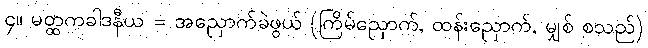
၄။ မတ္ထကခါဒနီယ = အညှောက်ခဲဖွယ် (ကြိမ်ညှောက်, ထန်းညှောက်, မျှစ် စသည်)